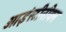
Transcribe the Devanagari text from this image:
आइंस्टीनीयन